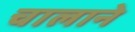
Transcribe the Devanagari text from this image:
चालाने